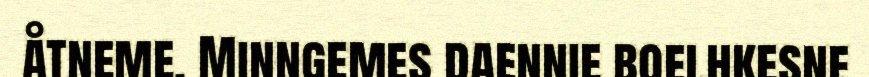
åtneme. Minngemes daennie boelhkesne